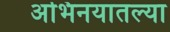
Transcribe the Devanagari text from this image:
अभिनयातल्या